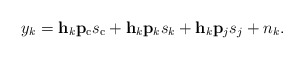
\begin{align*} y_k=\mathbf{h}_k\mathbf{p}_{\mathrm{c}} s_{\mathrm{c}}+\mathbf{h}_k\mathbf{p}_k s_{k}+\mathbf{h}_k\mathbf{p}_j s_{j}+n_k.\end{align*}